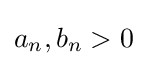
a_{n},b_{n}>0